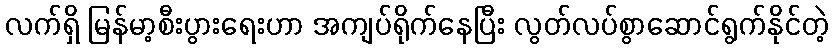
လက်ရှိ မြန်မာ့စီးပွားရေးဟာ အကျပ်ရိုက်နေပြီး လွတ်လပ်စွာဆောင်ရွက်နိုင်တဲ့